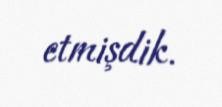
etmişdik.